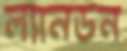
ল্যানডন